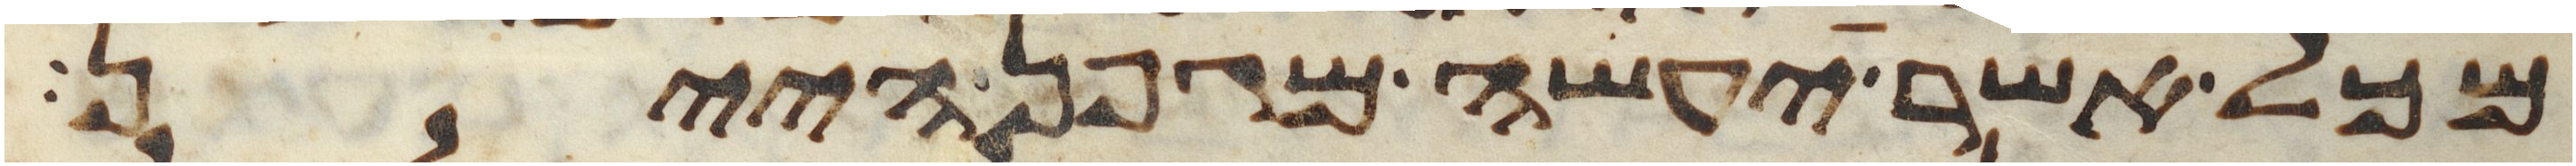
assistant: מכל אשר יעשה מגפן היין